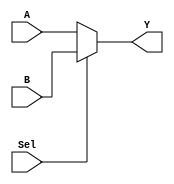
`timescale 1ns / 1ps
//////////////////////////////////////////////////////////////////////////////////
// Company:
// Engineer:
//
// Design Name:
// Module Name: mux2a1
// Project Name:
// Target Devices:
// Tool Versions:
// Description:
//
// Dependencies:
//
// Revision:
// Revision 0.01 - File Created
// Additional Comments:
//
//////////////////////////////////////////////////////////////////////////////////


module mux2a1(
  A,
  B,
  Sel,
  Y
);

  input A;
  input B;
  input Sel;
  output Y;

  // assign Y = (A & ~Sel) | (B & Sel);

  assign Y = Sel ? B : A;

endmodule